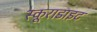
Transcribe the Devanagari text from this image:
स्कूराडाइट